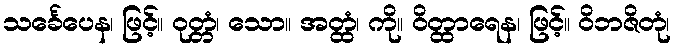
သင်္ခေပေန၊ ဖြင့်။ ဝုတ္တံ၊ သော။ အတ္ထံ၊ ကို။ ဝိတ္ထာရေန၊ ဖြင့်။ ဝိဘဇိတုံ၊